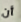
أن